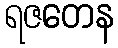
ရဇတေန